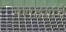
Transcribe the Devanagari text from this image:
मराठय़ांचे